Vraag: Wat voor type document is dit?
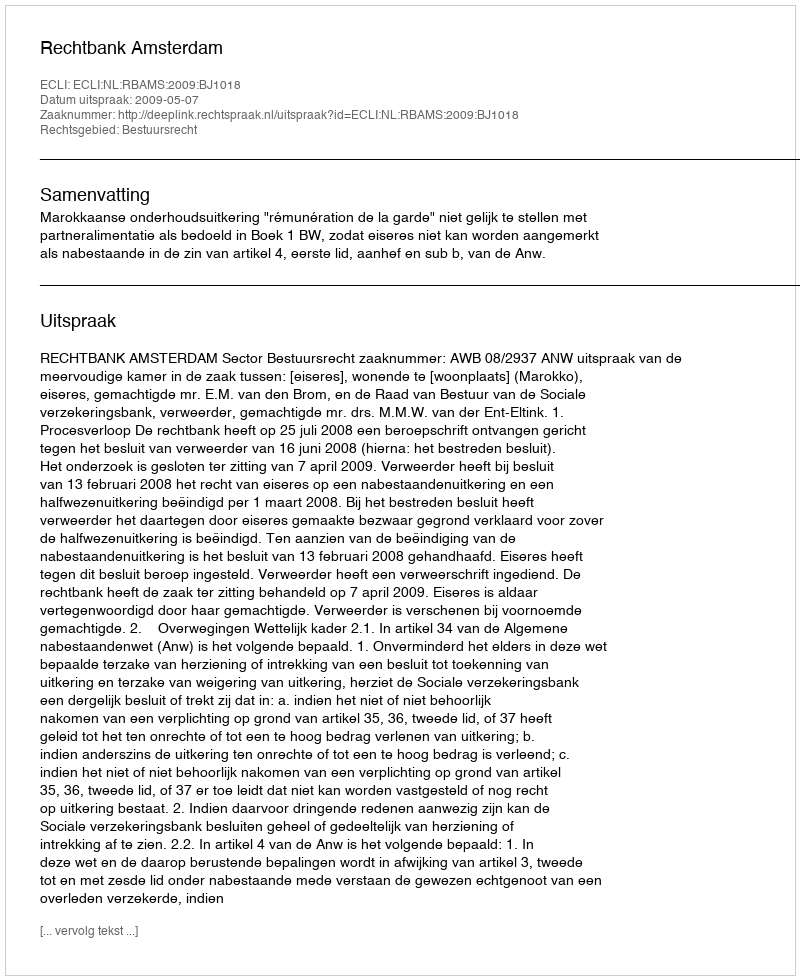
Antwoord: Uitspraak